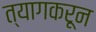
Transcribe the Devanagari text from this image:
त्यागकरून